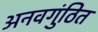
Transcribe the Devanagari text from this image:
अनवगुंठित